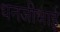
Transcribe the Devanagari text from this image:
धनजीभाई